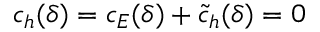
c _ { h } ( \delta ) = c _ { E } ( \delta ) + \tilde { c } _ { h } ( \delta ) = 0